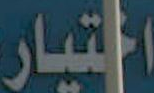
التيار